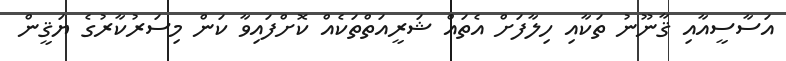
އަސާސީއާއި ޤާނޫނު ތަކާއި ހިލާފަށް އެތައް ޝަރީއަތްތަކެއް ކޮށްފައިވާ ކަން މިސަރުކާރުގެ ޔަޤީން